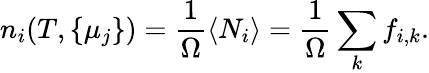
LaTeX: n_{i}(T,\{ \mu_{j}\} )=\frac{1}{\Omega}\langle N_{i}\rangle=\frac{1}{\Omega}\sum_{k}f_{i,k}.